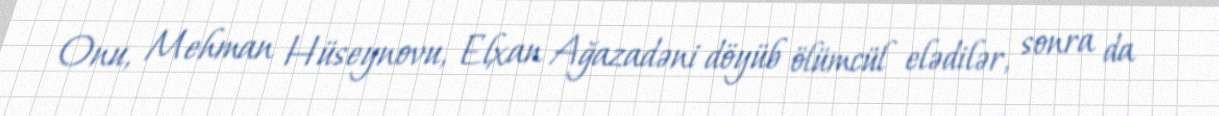
Onu, Mehman Hüseynovu, Elxan Ağazadəni döyüb ölümcül elədilər, sonra da